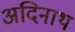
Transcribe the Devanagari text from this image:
अदिनाथ